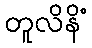
တူလိနိံ